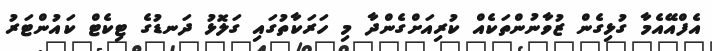
އެފްއޭއެމާ ގުޅިގެން ޒުވާނުންތަކެއް ކުރިއަށްގެންދާ މި ހަރަކާތުގައި ގަލޮޅު ދަނޑުގެ ޓިކެޓް ކައުންޓަރު